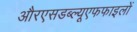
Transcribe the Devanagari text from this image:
औरएसडब्ल्यूएफफाइलों